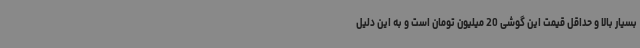
بسیار بالا و حداقل قیمت این گوشی 20 میلیون تومان است و به این دلیل